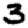
Digit: 3